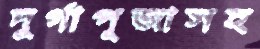
দুর্গাপূজাসহ